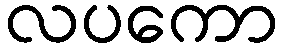
လပကော